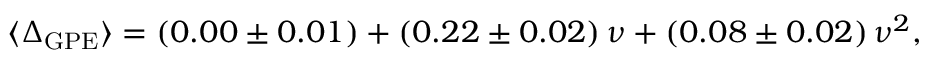
\langle \Delta _ { \mathrm { G P E } } \rangle = ( 0 . 0 0 \pm 0 . 0 1 ) + ( 0 . 2 2 \pm 0 . 0 2 ) \, \nu + ( 0 . 0 8 \pm 0 . 0 2 ) \, \nu ^ { 2 } ,